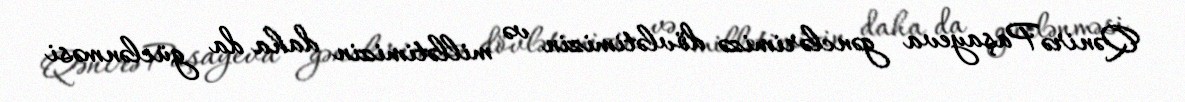
Qənirə Paşayeva gənclərimizə dövlətimizin və millətimizin daha da güclənməsi